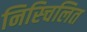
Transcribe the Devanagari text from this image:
निस्चिलित